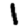
Digit: 1